Lunatic asylums United Provinces 1899-1908 - 1899-1908
Year: 1899
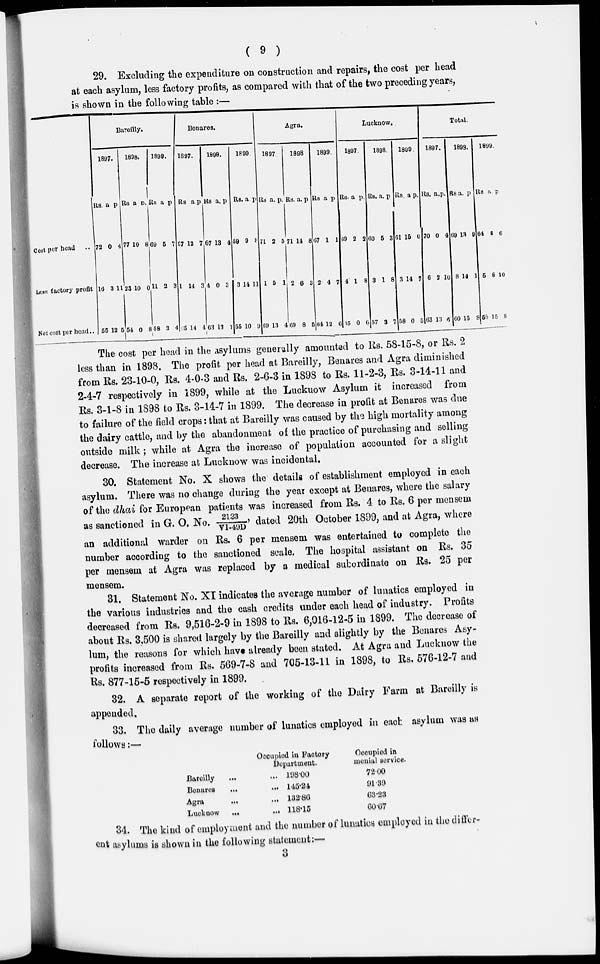
( 9 )
29. Excluding the expenditure on construction and repairs, the cost per head
at each asylum, less factory profits, as compared with that of the two preceding years,
is shown in the following table :—
Cost per head
..
Less factory profit
Net cost per head ...
Bareilly.
1897.
Rs.
72
16
65
a
0
3
12
p.
4
11
5
1898.
Rs
77
23
54
a
10
10
0
p.
8
0
8
1899.
Rs.
69
11
58
a
5
2
3
p.
7
3
4
Benares.
1897.
Rs
67
1
65
a
12
14
14
p
7
3
4
1898.
Rs
67
4
63
a.
13
0
13
p
4
3
1
1899.
Rs.
59
3
55
a.
9
14
10
p
8
11
9
Agra.
1897.
Rs.
71
1
69
a.
2
5
13
P.
5
1
4
1898
Rs.
71
2
69
a.
14
6
8
p
8
3
5
1899.
Rs.
67
2
64
a
1
4
12
p
1
7
6
Lucknow.
1897.
Rs.
69
4
65
a
2
1
0
p.
2
8
6
1898.
Rs.
60
3
57
a.
5
1
3
p.
3
8
7
1899.
Rs
61
3
58
. a
15
14
0
P.
0
7
5
Total.
1897.
Rs.
70
6
63
a.
0
2
13
p.
4
10
6
1898.
Rs.
69
8
60
a.
13
14
15
p.
9
1
8
1899.
Rs
64
5
58
a.
8
8
15
p.
6
10
8
The cost per head in the asylums generally amounted to Rs. 58-15-8, or Rs. 2
less than in 1898. The profit per head at Bareilly, Benares and Agra diminished
from Rs. 23-10-0, Rs. 4-0-3 and Rs. 2-6-3 in 1898 to Rs. 11-2-3, Rs. 3-14-11 and
2-4-7 respectively in 1899, while at the Luckuow Asylum it increased from
Rs. 3-1-8 in 1898 to Rs. 3-14-7 in 1899. The decrease in profit at Benares was due
to failure of the field crops: that at Bareilly was caused by the high mortality among
the dairy cattle, and by the abandonment of the practice of purchasing and selling
outside milk; while at Agra the increase of population accounted for a slight
decrease. The increase at Lucknow was incidental.
30. Statement No. X shows the details of establishment employed in each
asylum. There was no change during the year except at Benares, where the salary
of the dhai for European patients was increased from Rs. 4 to Rs. 6 per mensem
as sanctioned in G. O. No. 2123/VI-49D, dated 20th October 1899, and at Agra, where
an additional warder on Rs. 6 per mensem was entertained to complete the
number according to the sanctioned scale. The hospital assistant on Rs, 35
per mensem at Agra was replaced by a medical subordinate on Rs. 25 per
mensem.
31. Statement No. XI indicates the average number of lunatics employed in
the various industries and the cash credits under each head of industry. Profits
decreased from Rs. 9,516-2-9 in 1898 to Rs. 6,016-12-5 in 1899. The decrease of
about Rs. 3,500 is shared largely by the Bareilly and slightly by the Benares Asy-
lum, the reasons for which have already been stated. At Agra and Lucknow the
profits increased from Rs. 569-7-8 and 705-13-11 in 1898, to Rs. 576-12-7 and
Rs. 877-15-5 respectively in 1899.
32. A separate report of the working of the Dairy Farm at Bareilly is
appended.
33. The daily average number of lunatics employed in each asylum was as
follows:—
Bareilly ...
Benares
...
Agra
...
Luckuow
...
Occupied in Factory
Department.
...
...
...
...
198.00
145.24
132.86
118.15
Occupied in
menial service.
72.00
91.30
63.23
60.67
34. The kind of employment and the number of lunatics employed in the differ-
ent asylums is shown in the following statement:—
3